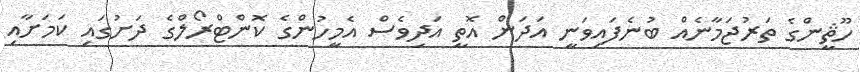
ހޫޘީންގެ ތަރުޖަމާނެއް ބުނެފައިވަނީ އަދަން އޮތީ އަދިވެސް އެމީހުންގެ ކޮންޓްރޯލްގެ ދަށުގައި ކަމަށާއި